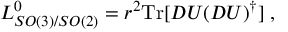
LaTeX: L _ { S O ( 3 ) / S O ( 2 ) } ^ { 0 } = { r } ^ { 2 } \mathrm { T r } [ D U ( D U ) ^ { \dagger } ] \; ,